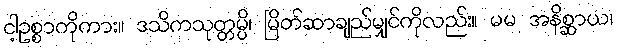
ငါ့ဥစ္စာကိုကား။ ဒသိကသုတ္တမ္ပိ၊ မြိတ်ဆာချည်မျှင်ကိုလည်း။ မမ အနိစ္ဆာယ၊